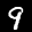
Label: 9